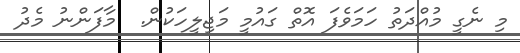
މި ނެގީ މުއްދަތު ހަމަވެފަ އޮތް ގައުމީ މަޖިލީހަކުން.  މާފަންނު މެދު